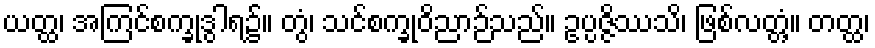
ယတ္ထ၊ အကြင်စက္ခုဒွါရ၌။ တွံ၊ သင်စက္ခုဝိညာဉ်သည်။ ဥပ္ပဇ္ဇိဿသိ၊ ဖြစ်လတ္တံ့။ တတ္ထ၊